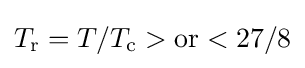
T_{\text{r}}=T/T_{\text{c}}>{\mbox{or}}<27/8